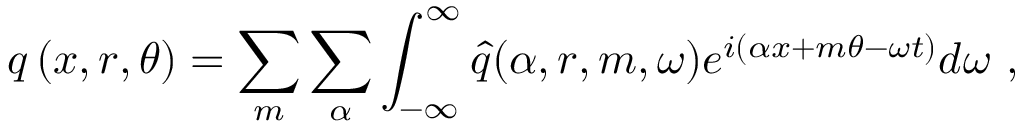
\boldsymbol { q } \left( x , r , \theta \right) = \sum _ { m } \sum _ { \alpha } { \int _ { - \infty } ^ { \infty } { \boldsymbol { \hat { q } } ( \alpha , r , m , \omega ) e ^ { i \left( { \alpha x } + { m \theta } - { \omega t } \right) } d \omega } } \mathrm { ~ , ~ }